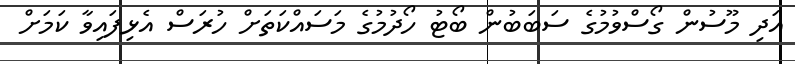
އަދި މޫސުން ގޯސްވުމުގެ ސަބަބުން ބޯޓު ހޯދުމުގެ މަސައްކަތަށް ހުރަސް އެޅިފައިވާ ކަމަށް